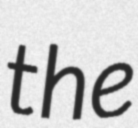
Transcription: the